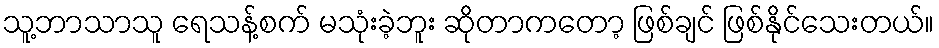
သူ့ဘာသာသူ ရေသန့်စက် မသုံးခဲ့ဘူး ဆိုတာကတော့ ဖြစ်ချင် ဖြစ်နိုင်သေးတယ်။